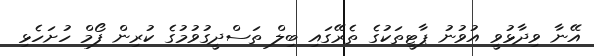
އޭނާ ވިދާޅުވީ އުވުނު ޕާޓީތަކުގެ ތެރޭގައި ބިލް ތަސްދީގުވުމުގެ ކުރިން ފޯމް ހުށަހެޅި